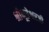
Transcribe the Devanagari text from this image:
श्रीभूतेश्वरजी